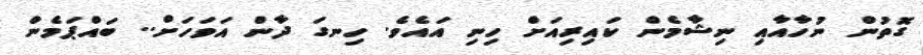
ގޮތުން ނުހާއާއި ނިޝާމެން ކައިރިއަށް ހިނި އައެވެ. ހިނގަ ދާން އަވަހަށް.. ބައްޕަމެން